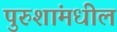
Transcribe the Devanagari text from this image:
पुरुशांमधील